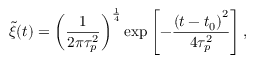
\tilde { \xi } ( t ) = \left( \frac { 1 } { 2 \pi \tau _ { p } ^ { 2 } } \right) ^ { \frac 1 4 } \exp \left[ - \frac { \left( t - t _ { 0 } \right) ^ { 2 } } { 4 \tau _ { p } ^ { 2 } } \right] ,